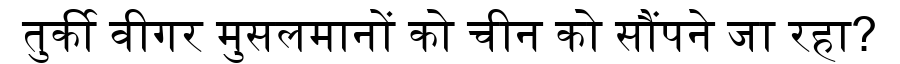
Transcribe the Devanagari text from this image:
तुर्की वीगर मुसलमानों को चीन को सौंपने जा रहा?